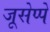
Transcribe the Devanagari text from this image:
जूसेप्पे